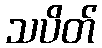
သပိတ်